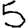
Digit: 5